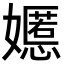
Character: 嬺